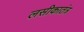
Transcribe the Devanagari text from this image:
लसीकातंत्र